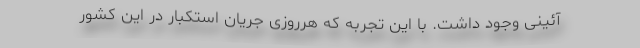
آئینی وجود داشت. با این تجربه که هرروزی جریان استکبار در این کشور